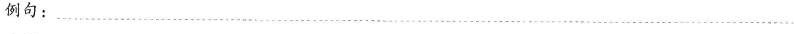
例句：___